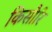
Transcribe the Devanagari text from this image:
किसौरि